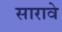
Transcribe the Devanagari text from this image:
सारावे